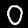
Label: 0